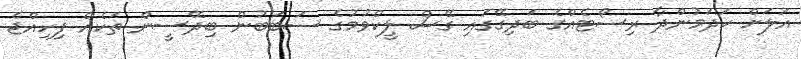
އަލަށް ހަދަމުންދާ ރިސޯޓެއްގެ ބަދިގޭގައި ގޭސް ލީކްވުމުގެ ސަބަބުން ބިދޭސީން ތަކެއް ފިހިއްޖެ